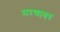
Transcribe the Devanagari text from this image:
मरणावर